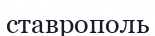
ставрополь